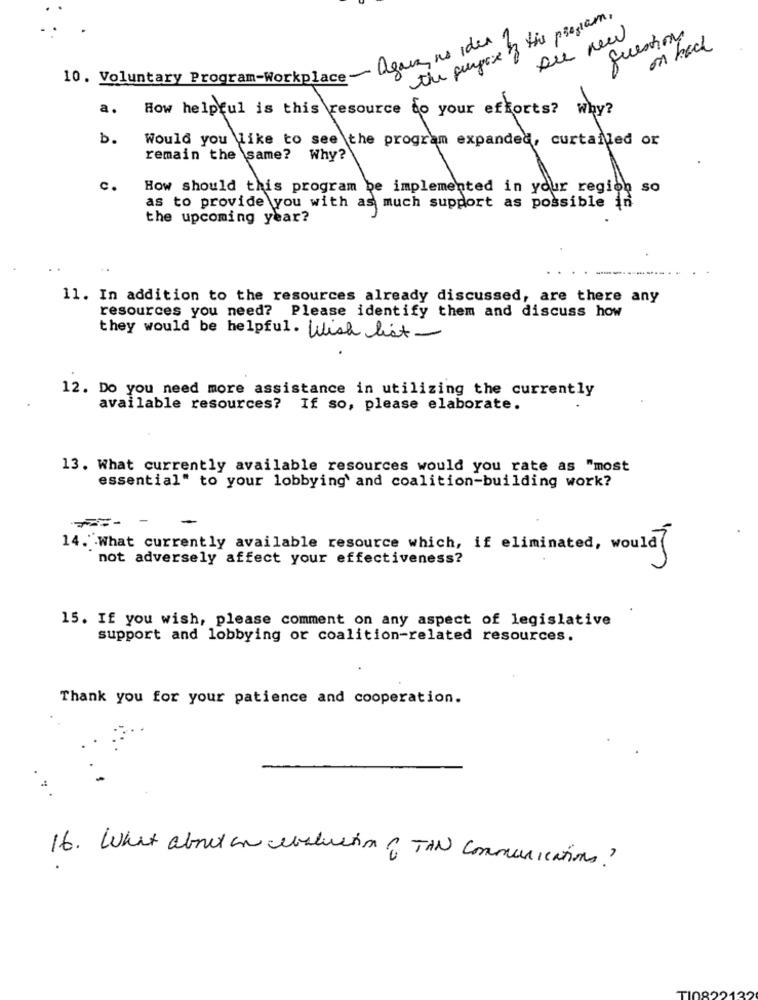
the purpose of the program,
questions
Du new
on back
10. Voluntary Program-Workplace - again no idea
a.
How helpful is this resource to your efforts? why?
b.
Would you like to see the program expanded, curtailed or
remain the same? Why?
C.
How should this program be implemented in your region so
as to provide you with as much support as possible in
the upcoming year?
11. In addition to the resources already discussed, are there any
resources you need? Please identify them and discuss how
they would be helpful. Wish list
12. Do you need more assistance in utilizing the currently
available resources? If so, please elaborate.
13. What currently available resources would you rate as "most
essential" to your lobbying' and coalition-building work?
==-
14. What currently available resource which, if eliminated, would
not adversely affect your effectiveness?
15. If you wish, please comment on any aspect of legislative
support and lobbying or coalition-related resources.
Thank you for your patience and cooperation.
7
16. What about an evaluation of TAN Communications?